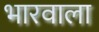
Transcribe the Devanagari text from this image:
भारवाला